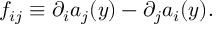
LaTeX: f _ { i j } \equiv \partial _ { i } a _ { j } ( y ) - \partial _ { j } a _ { i } ( y ) .